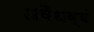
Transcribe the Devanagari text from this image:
अवैधव्यं